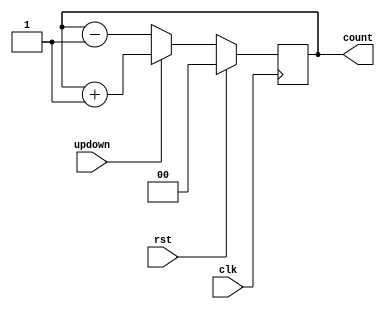
`timescale 1ns / 1ps
module updown #(parameter N = 3 ,parameter width =2 )(clk,rst,count,updown);
input clk,rst,updown;
output reg [width - 1:0]count;
always @(posedge clk)
begin 
if(rst == 1)
count <=0 ;
else   if(updown ==1)
count = count + 1; 
else 
count = count - 1; end
assign  counter = count;
endmodule